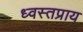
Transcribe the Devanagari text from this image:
ध्वस्तप्राय